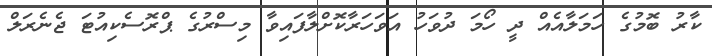
ކާރު ބޮމުގެ ހަމަލާއެއް ދީ ހޯމަ ދުވަހު އަވަހަރާކޮށްލާފައިވާ މިސްރުގެ ޕްރޮސެކިއުޓަ ޖެނެރަލް